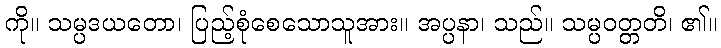
ကို။ သမ္ပဒယတော၊ ပြည့်စုံစေသောသူအား။ အပ္ပနာ၊ သည်။ သမ္ပဝတ္တတိ၊ ၏။